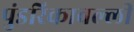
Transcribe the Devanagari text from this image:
पुंडरिकावल्ली